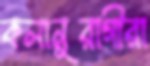
কলানুরাগীরা